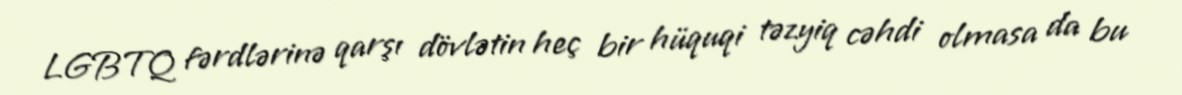
LGBTQ fərdlərinə qarşı dövlətin heç bir hüquqi təzyiq cəhdi olmasa da bu